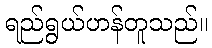
ရည်ရွယ်ဟန်တူသည်။